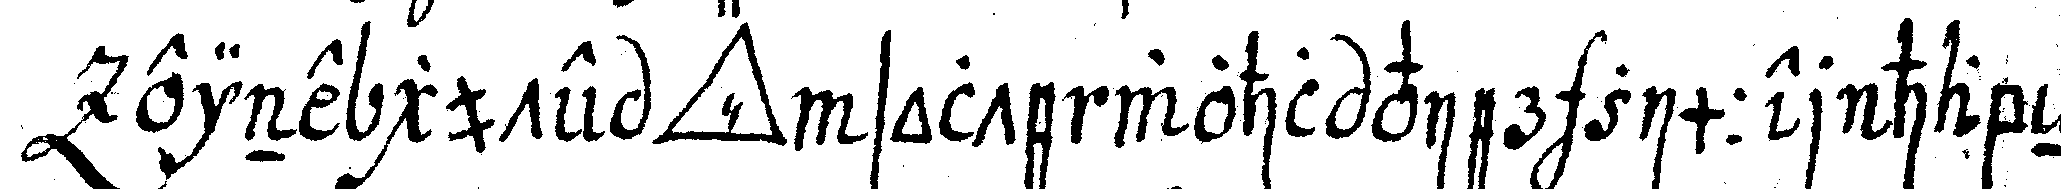
eine gute *tri..* solte wohl vier zimmer habeN